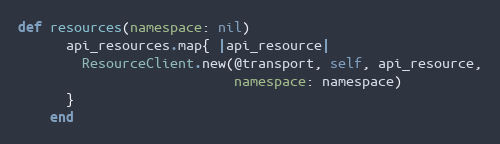
Language: Ruby
def resources(namespace: nil)
      api_resources.map{ |api_resource|
        ResourceClient.new(@transport, self, api_resource,
                           namespace: namespace)
      }
    end